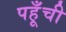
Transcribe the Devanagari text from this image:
पहूँची